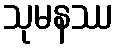
သုမနဿ